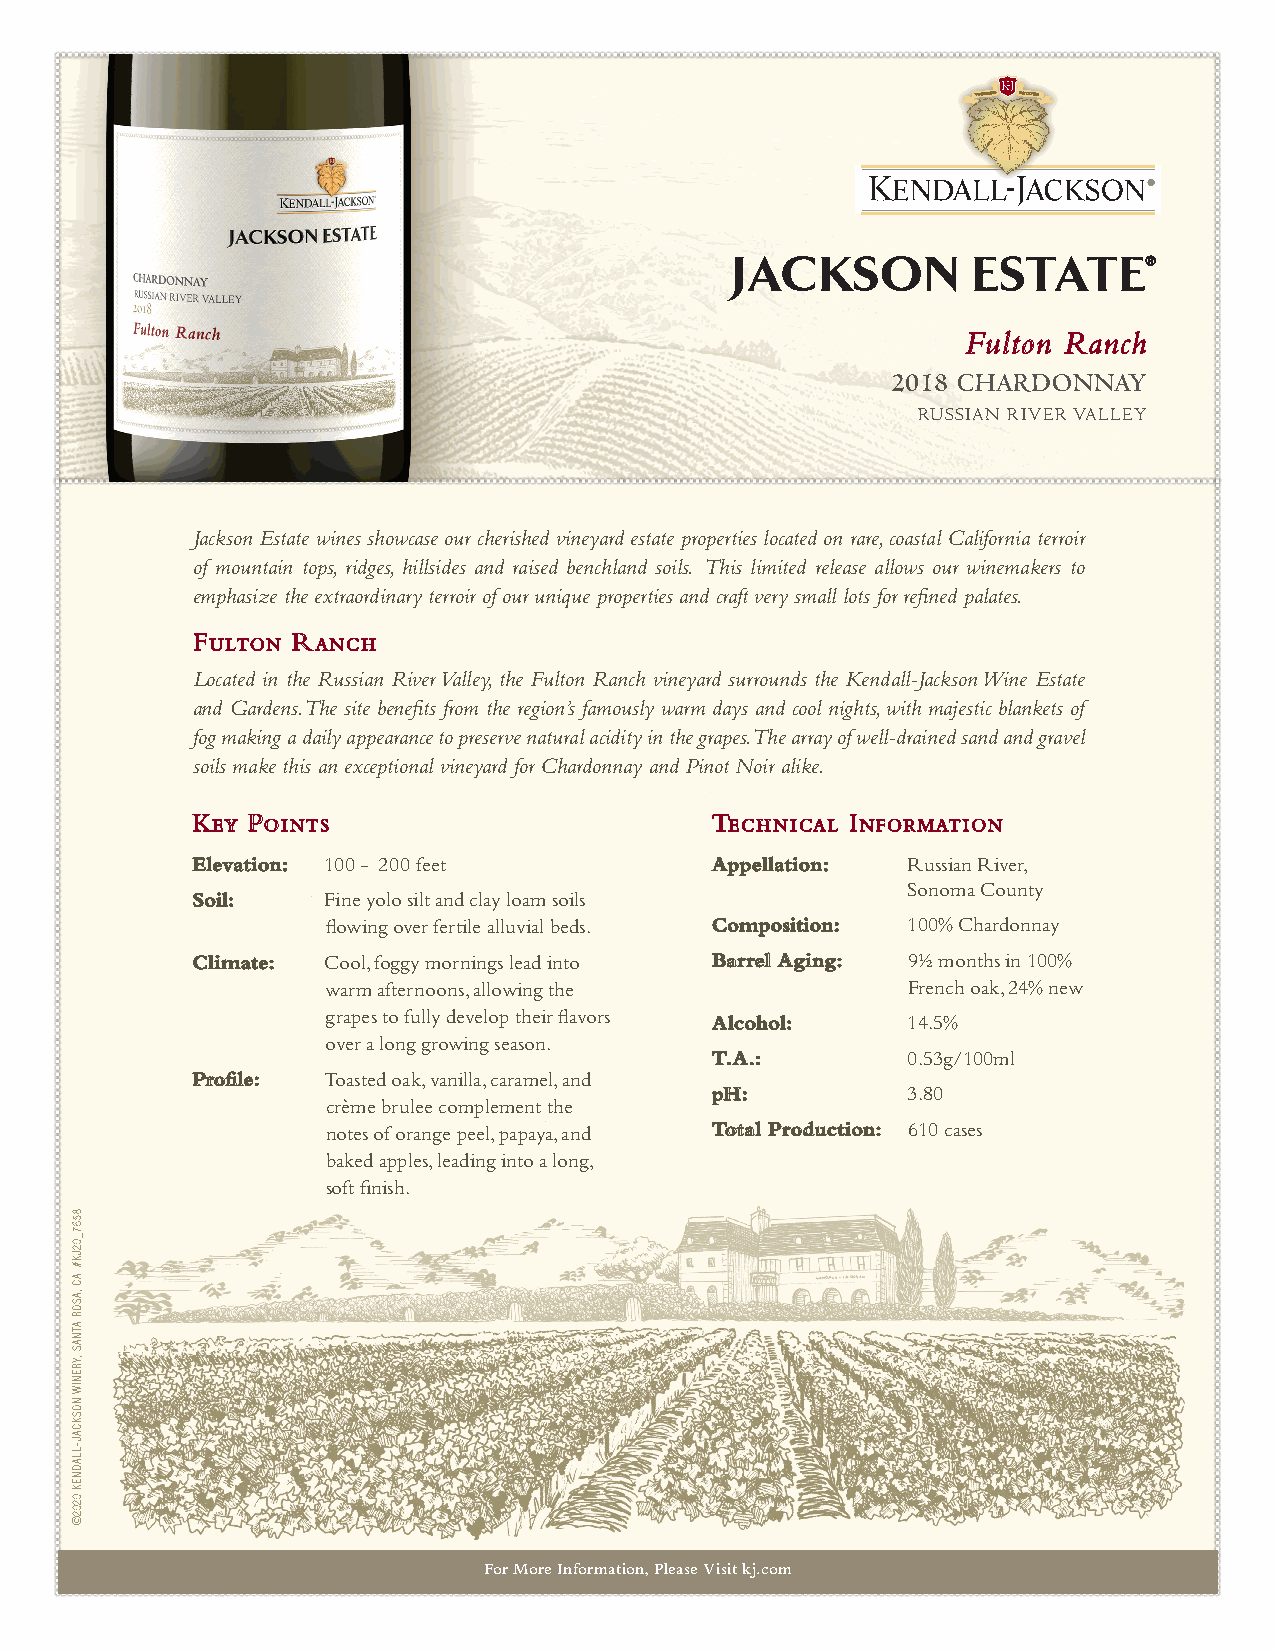
Fulton Ranch
 2018 CHARDONNAY
 RUSSIAN RIVER VALLEY
 Jackson Estate wines showcase our cherished vineyard estate properties located on rare, coastal California terroir
 of mountain tops, ridges, hillsides and raised benchland soils. This limited release allows our winemakers to
 emphasize the extraordinary terroir of our unique properties and craft very small lots for refined palates.
 Fulton Ranch
 Located in the Russian River Valley, the Fulton Ranch vineyard surrounds the Kendall-Jackson Wine Estate
 and Gardens. The site benefits from the region’s famously warm days and cool nights, with majestic blankets of
 fog making a daily appearance to preserve natural acidity in the grapes. The array of well-drained sand and gravel
 soils make this an exceptional vineyard for Chardonnay and Pinot Noir alike.
 Key Points                        Technical Information
 Elevation: 100 - 200 feet         Appellation: Russian River,
 Sonoma County
 Soil:   Fine yolo silt and clay loam soils
 flowing over fertile alluvial beds. Composition: 100% Chardonnay
 Climate: Cool, foggy mornings lead into Barrel Aging: 9½ months in 100%
 warm afternoons, allowing the         French oak, 24% new
 grapes to fully develop their flavors Alcohol: 14.5%
 over a long growing season.
 T.A.:        0.53g/100ml
 Profile: Toasted oak, vanilla, caramel, and
 pH:          3.80
 crème brulee complement the
 notes of orange peel, papaya, and Total Production: 610 cases
 baked apples, leading into a long,
 soft finish.
 For More Information, Please Visit kj.com
 8567_02JK#
 AC
 ,ASOR
 ATNAS
 ,YRENIW
 NOSKCAJ-LLADNEK
 0202©